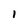
Character: 1